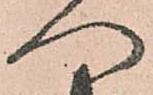
へ